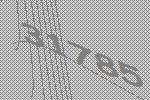
31785